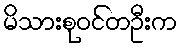
မိသားစုဝင်တဦးက